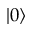
| 0 \rangle